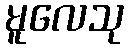
မူလေသု